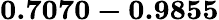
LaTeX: \mathbf{0.7070-0.9855}